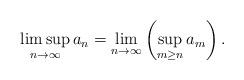
LaTeX: \begin{align*}\limsup_{n \to \infty} a_n = \lim_{n \to \infty} \left( \sup_{m \geq n} a_m \right).\end{align*}